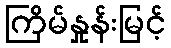
ကြိမ်နှုန်းမြင့်